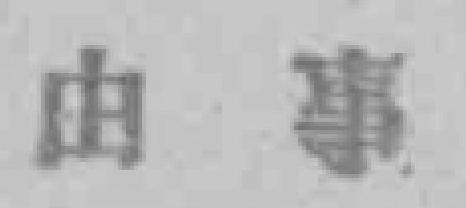
由事